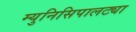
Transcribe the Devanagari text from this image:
म्युनिसिपालट्या